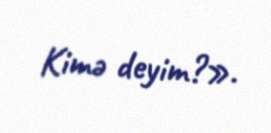
Kimə deyim?».